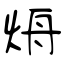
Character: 烐